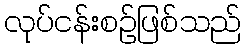
လုပ်ငန်းစဉ်ဖြစ်သည်